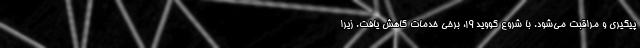
پیگیری و مراقبت می‌شود. با شروع کووید ۱۹، برخی خدمات کاهش یافت. زیرا